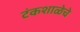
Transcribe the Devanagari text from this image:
टंकशाळेचे